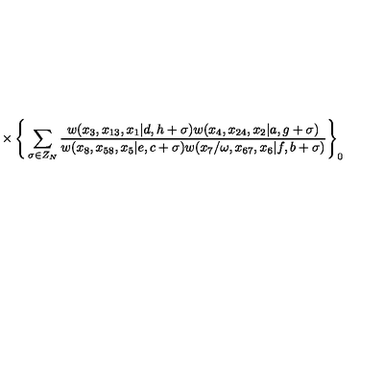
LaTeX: { } \times \Bigg \{ \sum _ { \sigma \in Z _ { N } } \frac { w ( x _ { 3 } , x _ { 1 3 } , x _ { 1 } | d , h + \sigma ) w ( x _ { 4 } , x _ { 2 4 } , x _ { 2 } | a , g + \sigma ) } { w ( x _ { 8 } , x _ { 5 8 } , x _ { 5 } | e , c + \sigma ) w ( x _ { 7 } / \omega , x _ { 6 7 } , x _ { 6 } | f , b + \sigma ) } \Bigg \} _ { 0 }